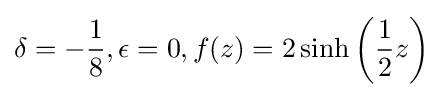
\delta =-{\frac {1}{8}},\epsilon =0,f(z)=2\sinh \left({\frac {1}{2}}z\right)